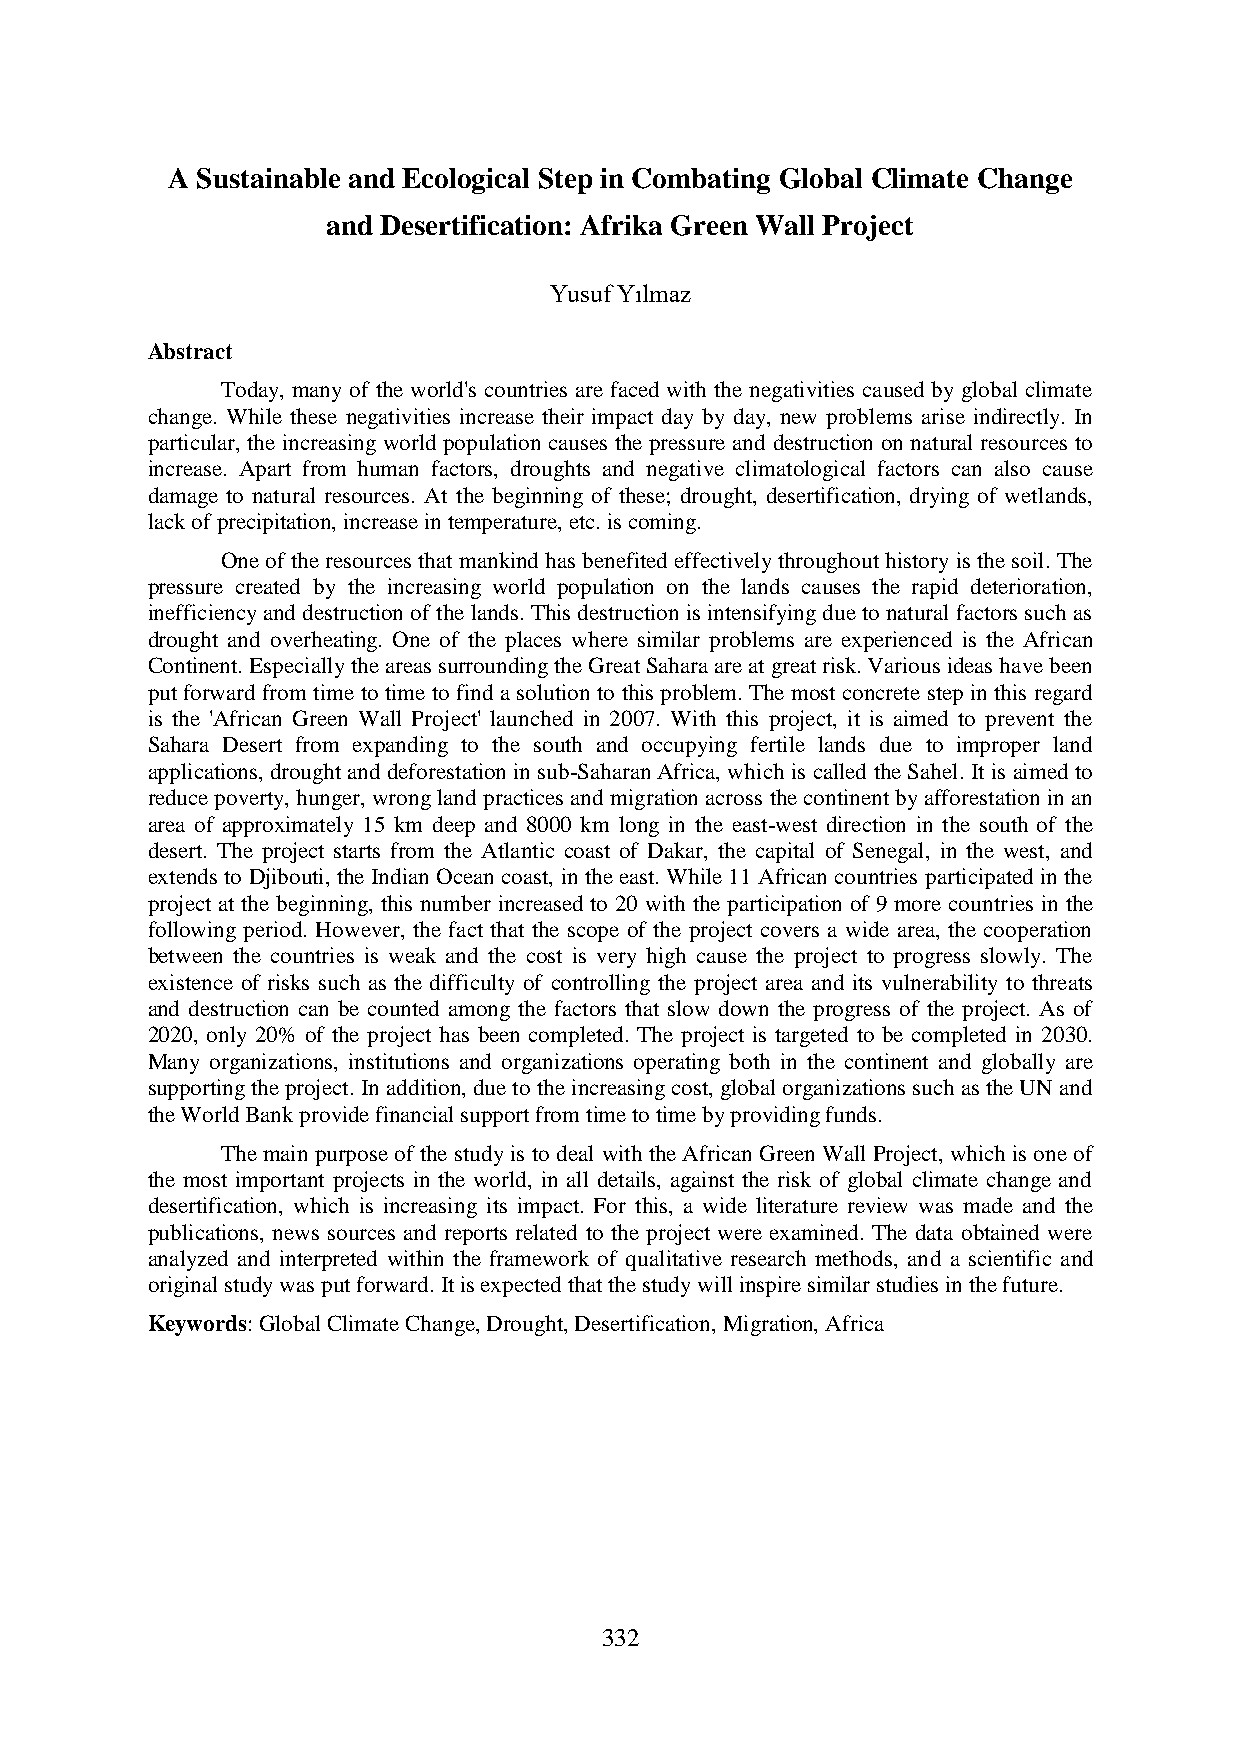
A Sustainable and Ecological Step in Combating Global Climate Change
 and Desertification: Afrika Green Wall Project
 Yusuf Yılmaz
 Abstract
 Today, many of the world's countries are faced with the negativities caused by global climate
 change. While these negativities increase their impact day by day, new problems arise indirectly. In
 particular, the increasing world population causes the pressure and destruction on natural resources to
 increase. Apart from human factors, droughts and negative climatological factors can also cause
 damage to natural resources. At the beginning of these; drought, desertification, drying of wetlands,
 lack of precipitation, increase in temperature, etc. is coming.
 One of the resources that mankind has benefited effectively throughout history is the soil. The
 pressure created by the increasing world population on the lands causes the rapid deterioration,
 inefficiency and destruction of the lands. This destruction is intensifying due to natural factors such as
 drought and overheating. One of the places where similar problems are experienced is the African
 Continent. Especially the areas surrounding the Great Sahara are at great risk. Various ideas have been
 put forward from time to time to find a solution to this problem. The most concrete step in this regard
 is the 'African Green Wall Project' launched in 2007. With this project, it is aimed to prevent the
 Sahara Desert from expanding to the south and occupying fertile lands due to improper land
 applications, drought and deforestation in sub-Saharan Africa, which is called the Sahel. It is aimed to
 reduce poverty, hunger, wrong land practices and migration across the continent by afforestation in an
 area of approximately 15 km deep and 8000 km long in the east-west direction in the south of the
 desert. The project starts from the Atlantic coast of Dakar, the capital of Senegal, in the west, and
 extends to Djibouti, the Indian Ocean coast, in the east. While 11 African countries participated in the
 project at the beginning, this number increased to 20 with the participation of 9 more countries in the
 following period. However, the fact that the scope of the project covers a wide area, the cooperation
 between the countries is weak and the cost is very high cause the project to progress slowly. The
 existence of risks such as the difficulty of controlling the project area and its vulnerability to threats
 and destruction can be counted among the factors that slow down the progress of the project. As of
 2020, only 20% of the project has been completed. The project is targeted to be completed in 2030.
 Many organizations, institutions and organizations operating both in the continent and globally are
 supporting the project. In addition, due to the increasing cost, global organizations such as the UN and
 the World Bank provide financial support from time to time by providing funds.
 The main purpose of the study is to deal with the African Green Wall Project, which is one of
 the most important projects in the world, in all details, against the risk of global climate change and
 desertification, which is increasing its impact. For this, a wide literature review was made and the
 publications, news sources and reports related to the project were examined. The data obtained were
 analyzed and interpreted within the framework of qualitative research methods, and a scientific and
 original study was put forward. It is expected that the study will inspire similar studies in the future.
 Keywords: Global Climate Change, Drought, Desertification, Migration, Africa
 332